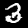
Digit: 3